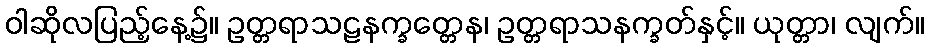
ဝါဆိုလပြည့်နေ့၌။ ဥတ္တရာသဠနက္ခတ္တေန၊ ဥတ္တရာသနက္ခတ်နှင့်။ ယုတ္တာ၊ လျက်။